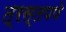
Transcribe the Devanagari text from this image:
त्रस्तपणे